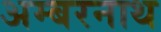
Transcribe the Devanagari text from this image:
अम्‍बरनाथ